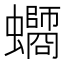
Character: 𧔸